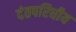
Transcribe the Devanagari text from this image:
दंतपरिधीय